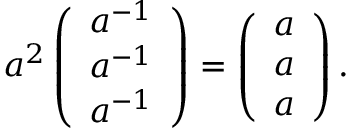
a ^ { 2 } \left( \begin{array} { r } { a ^ { - 1 } } \\ { a ^ { - 1 } } \\ { a ^ { - 1 } } \end{array} \right) = \left( \begin{array} { r } { a } \\ { a } \\ { a } \end{array} \right) .